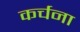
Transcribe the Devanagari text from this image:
कर्चना